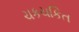
ચકચકિત